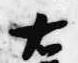
右